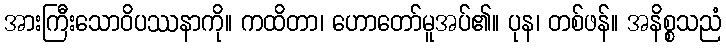
အားကြီးသောဝိပဿနာကို။ ကထိတာ၊ ဟောတော်မူအပ်၏။ ပုန၊ တစ်ဖန်။ အနိစ္စသညံ